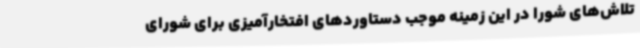
تلاش‌های شورا در این زمینه موجب دستاوردهای افتخارآمیزی برای شورای